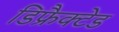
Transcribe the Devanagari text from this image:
डिफ्रैक्टेड